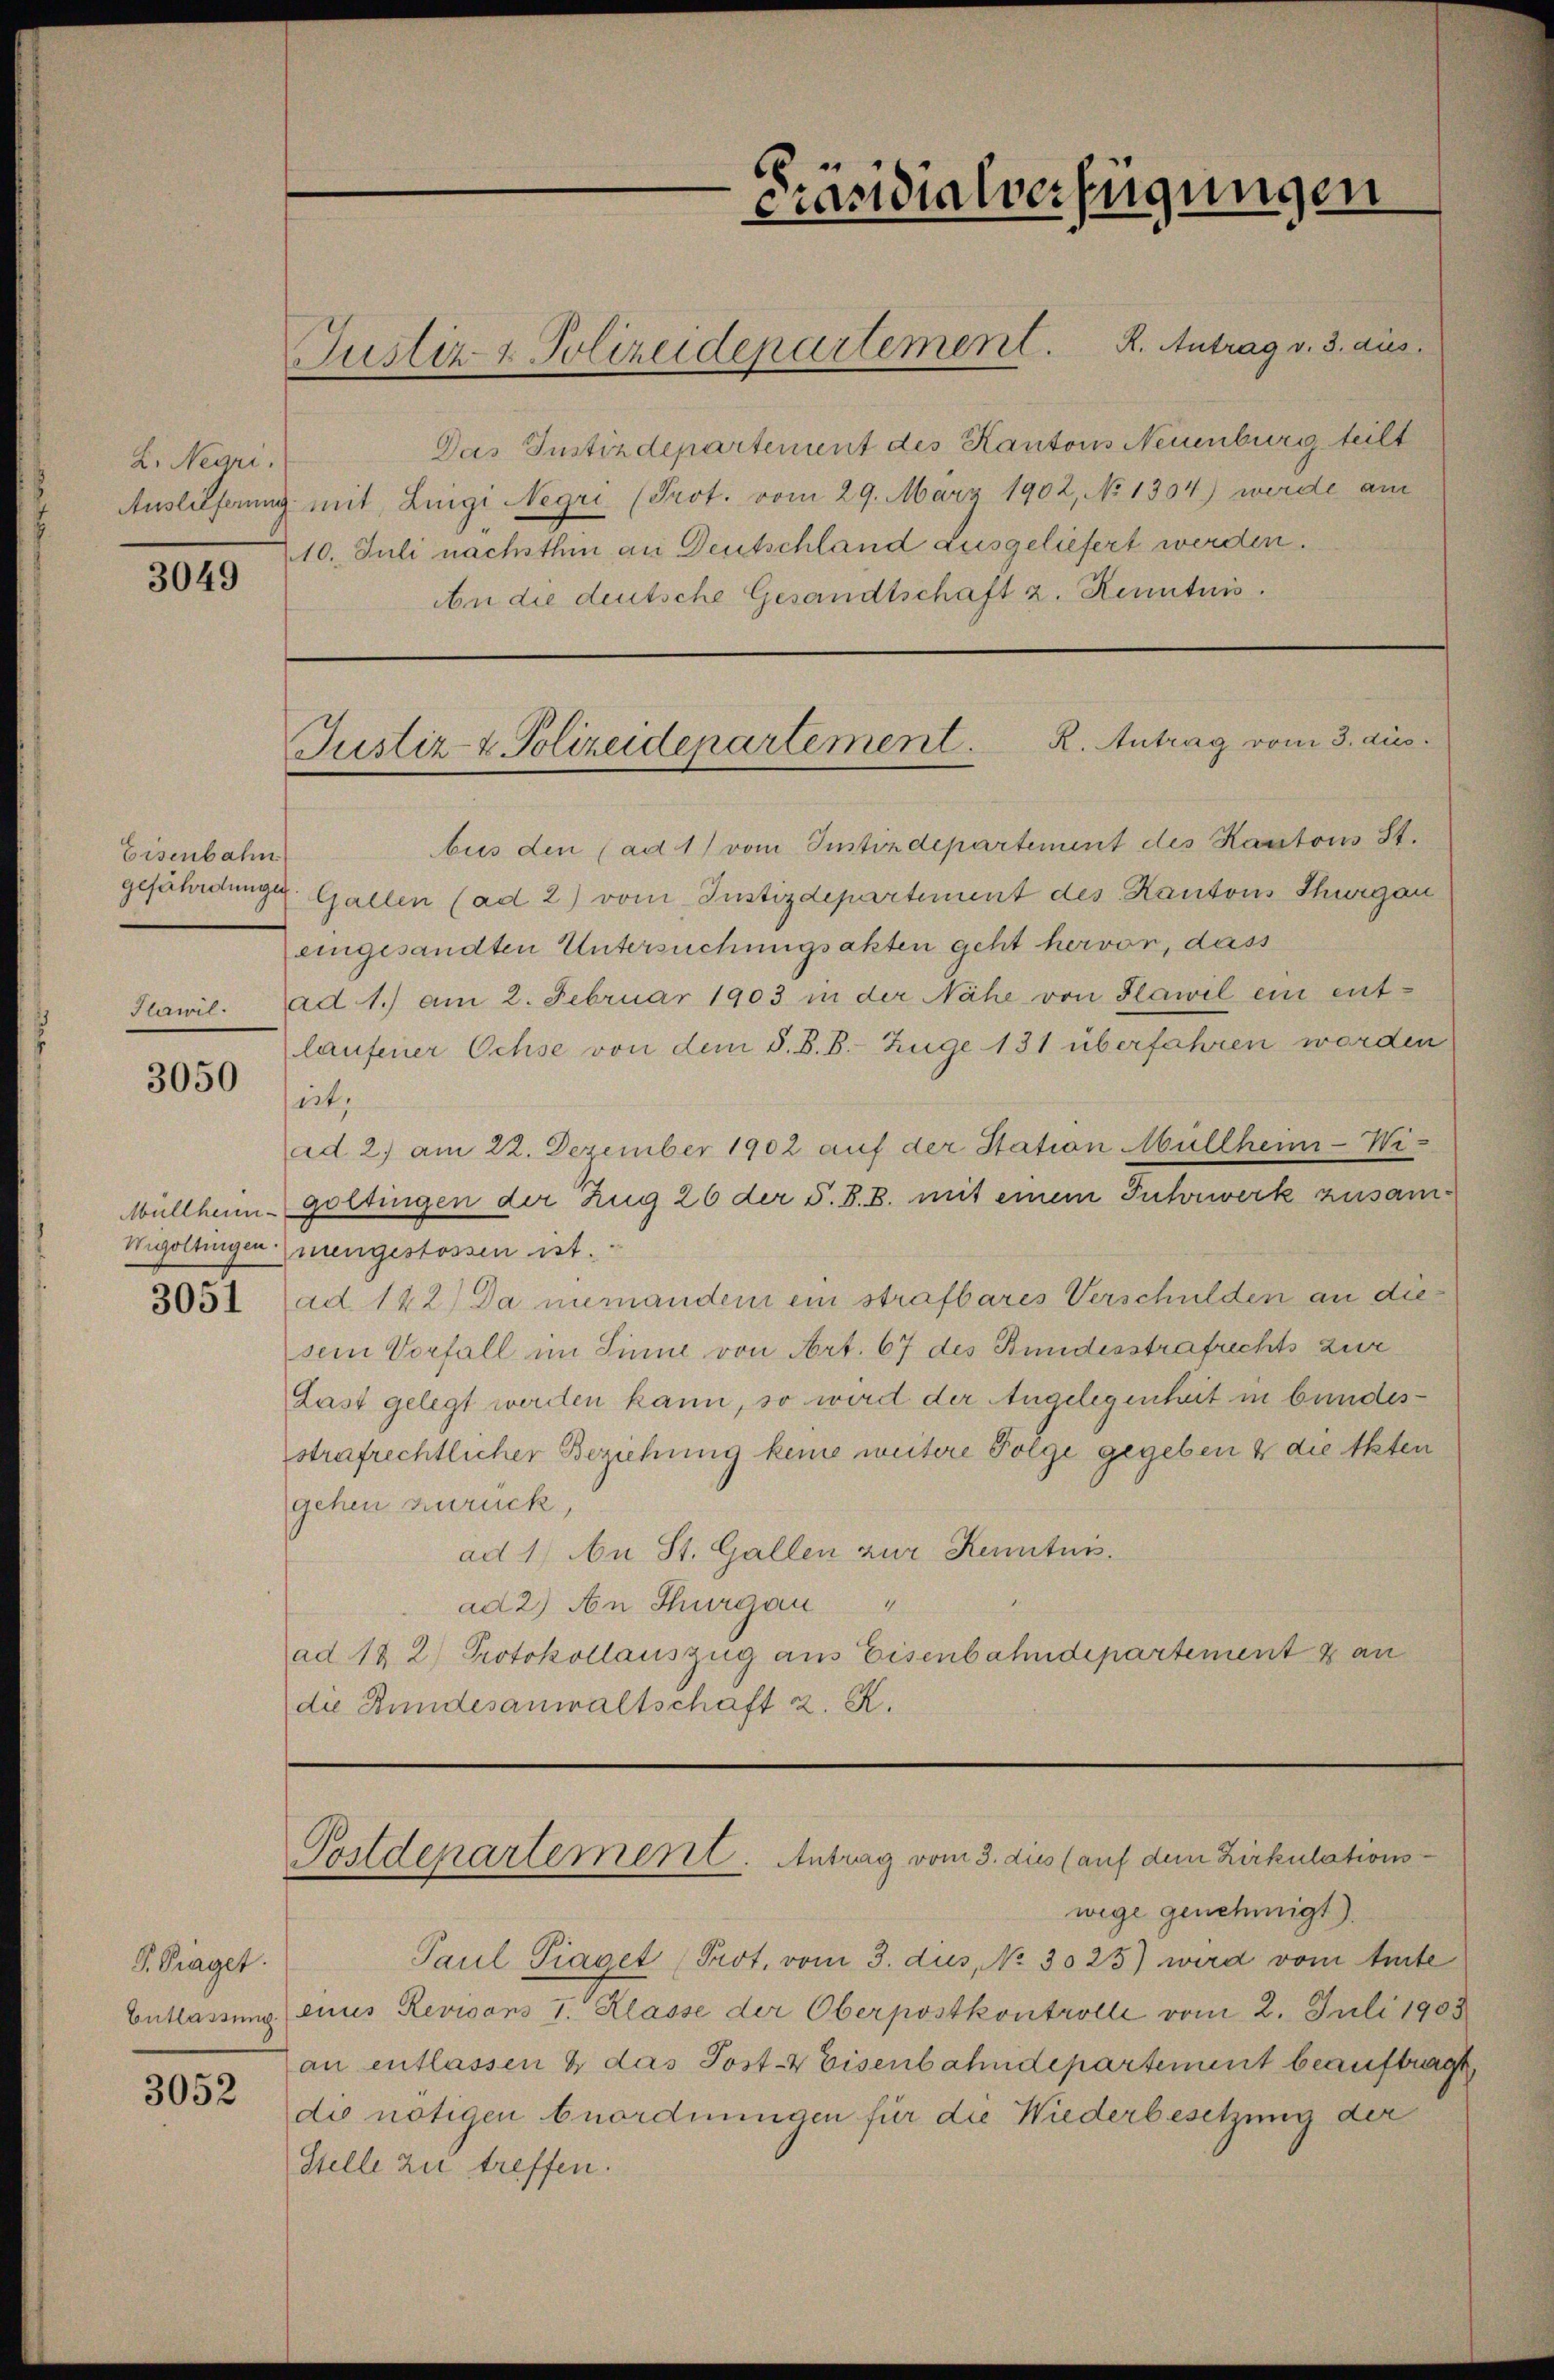
L. Negri

3049

Eisenbahn
gefährdungen

3050

Müllheim-
Wigoltingen:

V. Traget.
3052

Das Justizdepartement des Kantons Neuenburg teilt
Auslieferung mit Luigi Negri (Prot. vom 29. März 1902, No 1304) werde am
10. Juli nachsthin an Deutschland ausgeliefert werden.
An die deutsche Gesandtschaft z. Renntnis.

Justiz- & Polizeidepartement. K. Antrag v. 3. aus

Präsidialverfügungen

R. Antrag vom 3. dies
Justiz- & Polizeidepartement.

bus den (ad 1) vom Justizdepartement des Kantons St.
Gallen (ad 2) vom Justizdepartement des Kantons Thurgau
eingesandten Untersuchungsakten geht hervor, dass
Plawil. ad 1.) am 2. Februar 1903 in der Nähe von Hawil ein entlaufener Ochse von dem S. B. B. Zuge 131 überfahren worden
sirt,
ad. 2. am 22. Dezember 1902 auf der Station Müllheim-Wi-
gottingen der Zug 26 der S. S. B. mit einem Fuhrwerk zusammengestossen ist.
3051 (ad 142) Da niemandem ein strafbares Verschulden an diesein Vorfall im Sinne von Art. 67 des Bundesstrafrechts zur
Last gelegt werden kann, so wird der Angelegenheit in bundesstrafrechtlicher Beziehung keine weitere Folge gegeben & die Akten
gehen zurück,
ad 1) An St. Gallen zur Kenntnis
A
ad 2) An Thurgau
ad 18 2) Protokollauszug aus Eisenbahndepartement & an
die Bundesanwaltschaft z. K.

Postdenartement. Antrag vom 3. dies (auf dem Zirkulations-
wege genehmigt).

Paul Piaget Prot. vom 3. dus, No 3025) wird vom Amte
Entlassung eines Revisons I. Klasse der Oberpostkontrolle vom 2. Juli 1903
an entlassen & das Post- & Eisenbahndepartement beauftragt
die nötigen Anordnungen für die Wiederbesetzung der
Stelle zu treffen.